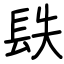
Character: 镻